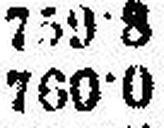
760·0